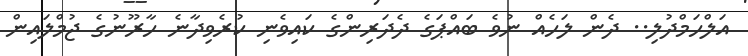
އަލްހަމްދުލި.. ދެން ލަހެއް ނުވެ ބައްޕަގެ ދެދަރިންގެ ކައިވެނި ކުރެވިދާނެ ހާރޫނުގެ ޖުމްލައިން